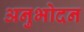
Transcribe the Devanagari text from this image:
अनुभोदन